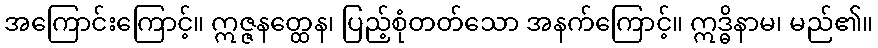
အကြောင်းကြောင့်။ ဣဇ္ဇနတ္ထေန၊ ပြည့်စုံတတ်သော အနက်ကြောင့်။ ဣဒ္ဓိနာမ၊ မည်၏။